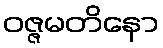
ဝဇ္ဇမတိနော